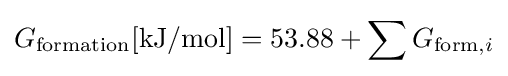
G_{\text{formation}}[{\text{kJ}}/{\text{mol}}]=53.88+\sum G_{{\text{form}},i}